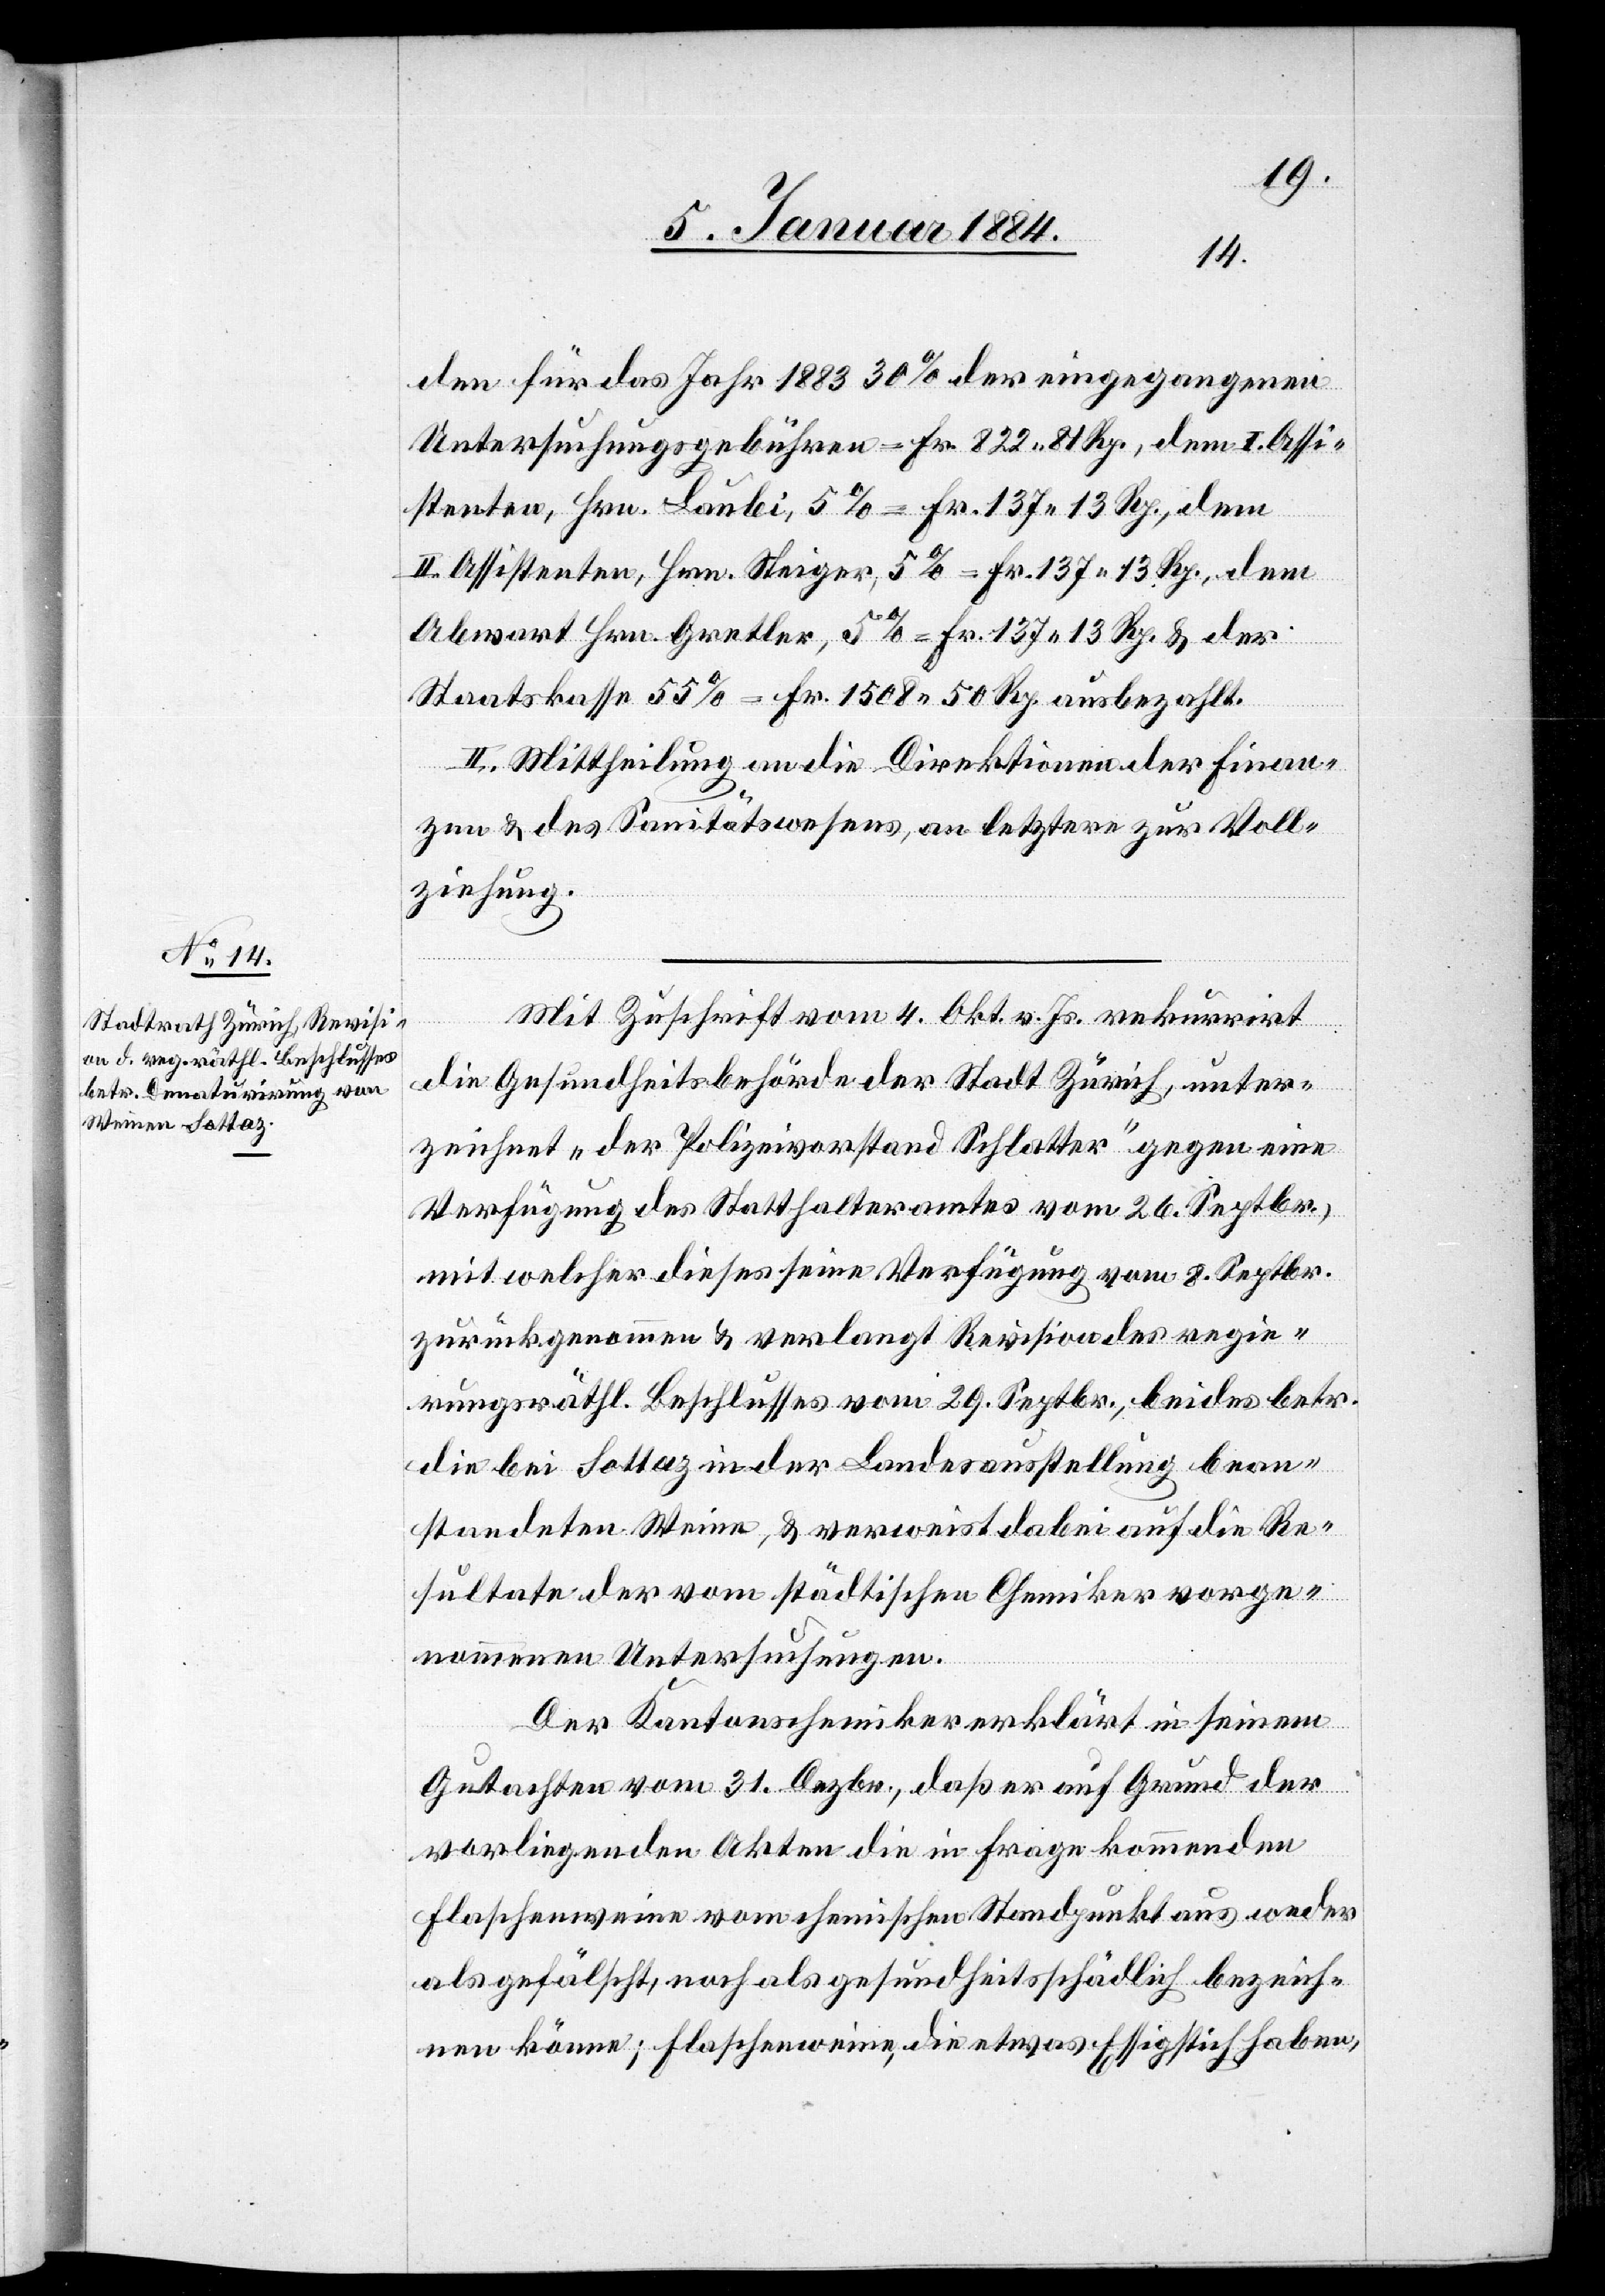
den für das Jahr 1883 30% der eingegangenen
Untersuchungsgebühren = Fr. 822 81 Rp., dem I. Assi¬
stenten, Hrn. Laubli, 5% = Fr. 137 13 Rp., dem
II. Assistenten, Hrn. Steiger, 5% = Fr. 137 13 Rp., dem
Abwart Hrn. Gerther, 5% = 137 13 Rp. & der
Staatskasse 55% = Fr. 1508 50 Rp. ausbezahlt.
II. Mittheilung an die Direktionen der Finan¬
zen & des Sanitätswesens, an letztere zur Voll¬
ziehung.
Mit Zuschrift vom 4. Okt. v. Js. rekurrirt
die Gesundheitsbehörde der Stadt Zürich, unter¬
zeichnet „Der Polizeivorstand Schlatter“ gegen eine
Verfügung des Statthalteramtes vom 26. Septbr.,
mit welcher dieses seine Verfügung vom 8. Septbr.
zurückgenommen & verlangt Revision des regie¬
rungsräthl. Beschlusses vom 29. Septbr., beides betr.
die bei Sottaz in der Landesausstellung bean¬
standeten Weine, & verweist dabei auf die Re¬
sultate der vom städtischen Chemiker vorge¬
nommenen Untersuchungen.
Der Kantonschemiker erklärt in seinem
Gutachten vom 31. Dezbr., daß er auf Grund der
vorliegenden Akten die in Frage kommenden
Flaschenweine vom chemischen Standpunkte aus weder
als gefälscht, noch als gesundheitsschädlich bezeich¬
nen könne; Flaschenweine, die etwas Essigstich haben,